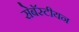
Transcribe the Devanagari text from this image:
सेबॅस्टीयन